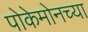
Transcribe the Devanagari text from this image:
पोकेमोनच्या